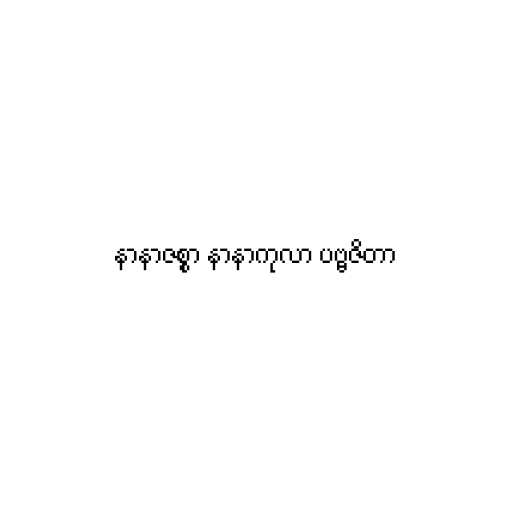
နာနာဇစ္စာ နာနာကုလာ ပဗ္ဗဇိတာ